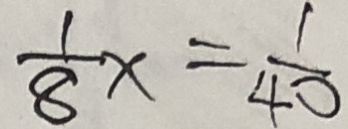
\frac { 1 } { 8 } x = \frac { 1 } { 4 0 }